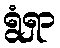
ရွံရှာ